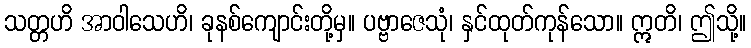
သတ္တဟိ အာဝါသေဟိ၊ ခုနစ်ကျောင်းတို့မှ။ ပဗ္ဗာဇေသုံ၊ နှင်ထုတ်ကုန်သော။ ဣတိ၊ ဤသို့။